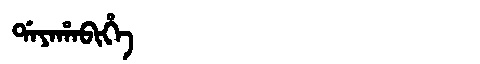
Manchu: ᡩᠠᠶᠠᡥᠠᠪᡳᡥᡝ
Romanization: DAYAHABIHE